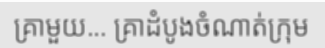
គ្រាមួយ... គ្រាដំបូងចំណាត់ក្រុម